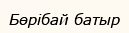
Бөрібай батыр